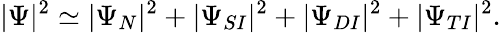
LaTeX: |\Psi|^{2}\simeq|\Psi_{N}|^{2}+|\Psi_{SI}|^{2}+|\Psi_{DI}|^{2}+|\Psi_{TI}|^{2}.